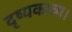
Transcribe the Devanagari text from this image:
दृष्यकाव्य।